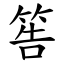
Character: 筶